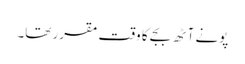
پونے آٹھ بجے کا وقت مقرر تھا۔